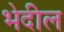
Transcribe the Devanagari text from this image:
भेदील